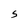
Character: S